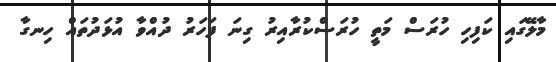
މާލޭގައި ކަފިހި ހުރަސް މަތީ ހުރަސްކުރާއިރު ގިނަ ފަހަރު ދުއްވާ އުޅަދުތައް ހިނގާ